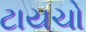
ટાયચો